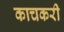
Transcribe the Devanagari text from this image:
काचकरी